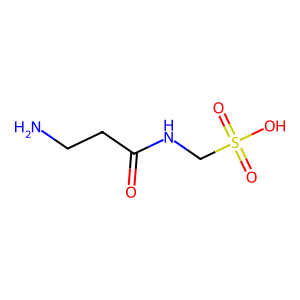
SMILES: NCCC(=O)NCS(=O)(=O)O
Inhibits HIV replication: No